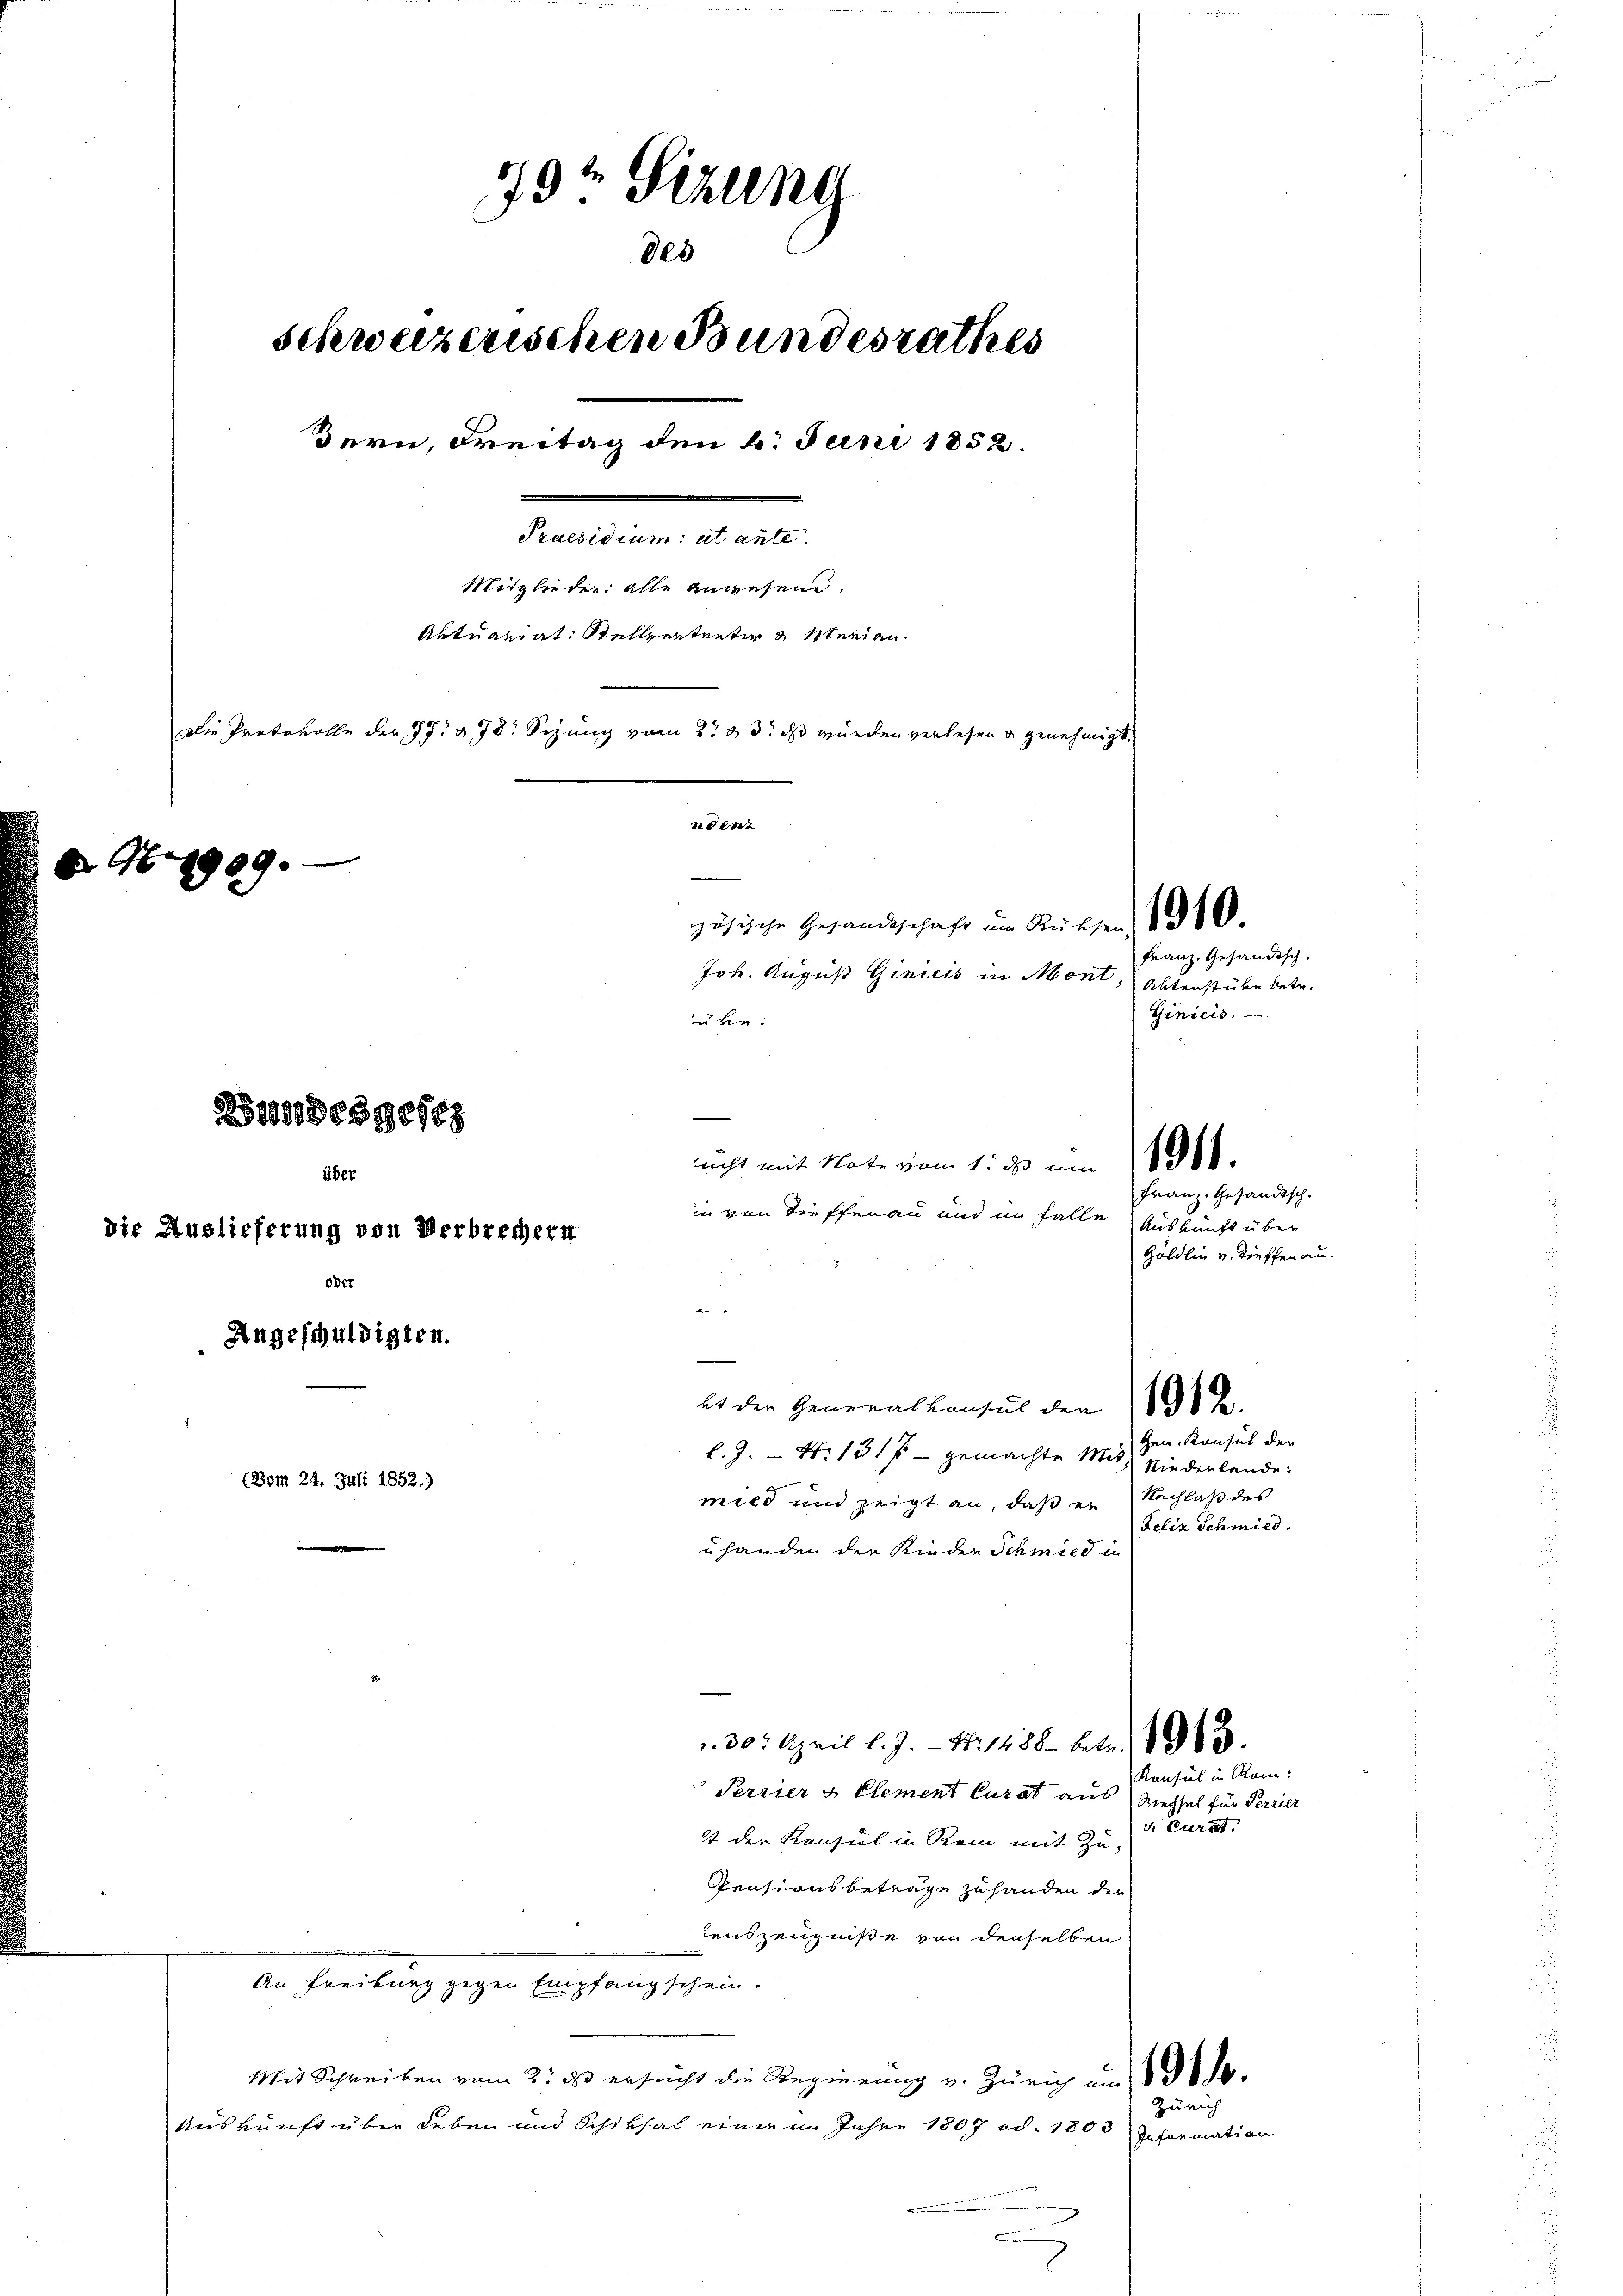
19t Sizung
des
schweizerischen Bundesrathes
dern, Freitag den 6. Juni 1852.
x
Praesidium et ante
Mitglieder: alle anwesend.
Aktuariat: Stellvertreter u Menian
Die Protokolle der 37 n 7. Sitzung vom 2te 3. ds wurden verlesen u genehmigt.
ndent
H.1909.
zösische Gesandtschaft um Rücksen, 1940
Joh. August Ginicis in Mont, Abtenstücke betr.
über:
Bundesgeseg
nicht mit Note vom 1. ds. um 10.
über
in von Tieffenau und im Falle Auskunft über
die Auslieferung von Verbrechern
oder
Angeschuldigten.
e
Es die Generalkonsul den 198 de
l.J. - No 1317 - gemachte Mit Niederlande
(Bom 24. Juli 1852.)
mild und zeigt an, daß er Nachlaß des

uhanden der Kinder Schmied in
30. April l. J. - Nr. 1488 betr. 1883.
Perrier & Element Curat aus
st der Konsul in Rein mit Zu¬
Pensionsbeträge zu handen der
enszeugniße von denselben
An Freiburg gegen Empfangschein.
Mit Schreiben vom 2. ds ersucht die Regierung v. Zürich am 10.
Auskunft über Leben und Schiksal einer im Jahre 1807 od. 1803

Franz. Gesandtsch
Ginicis.

Franz. Gesandtsch-
Zöldlin u. tieffer au.

Gen. Konsul der
Felix Schmied

Konsul in Ram:
Wechsel für Perrier
x Curat

Zürich

Informati